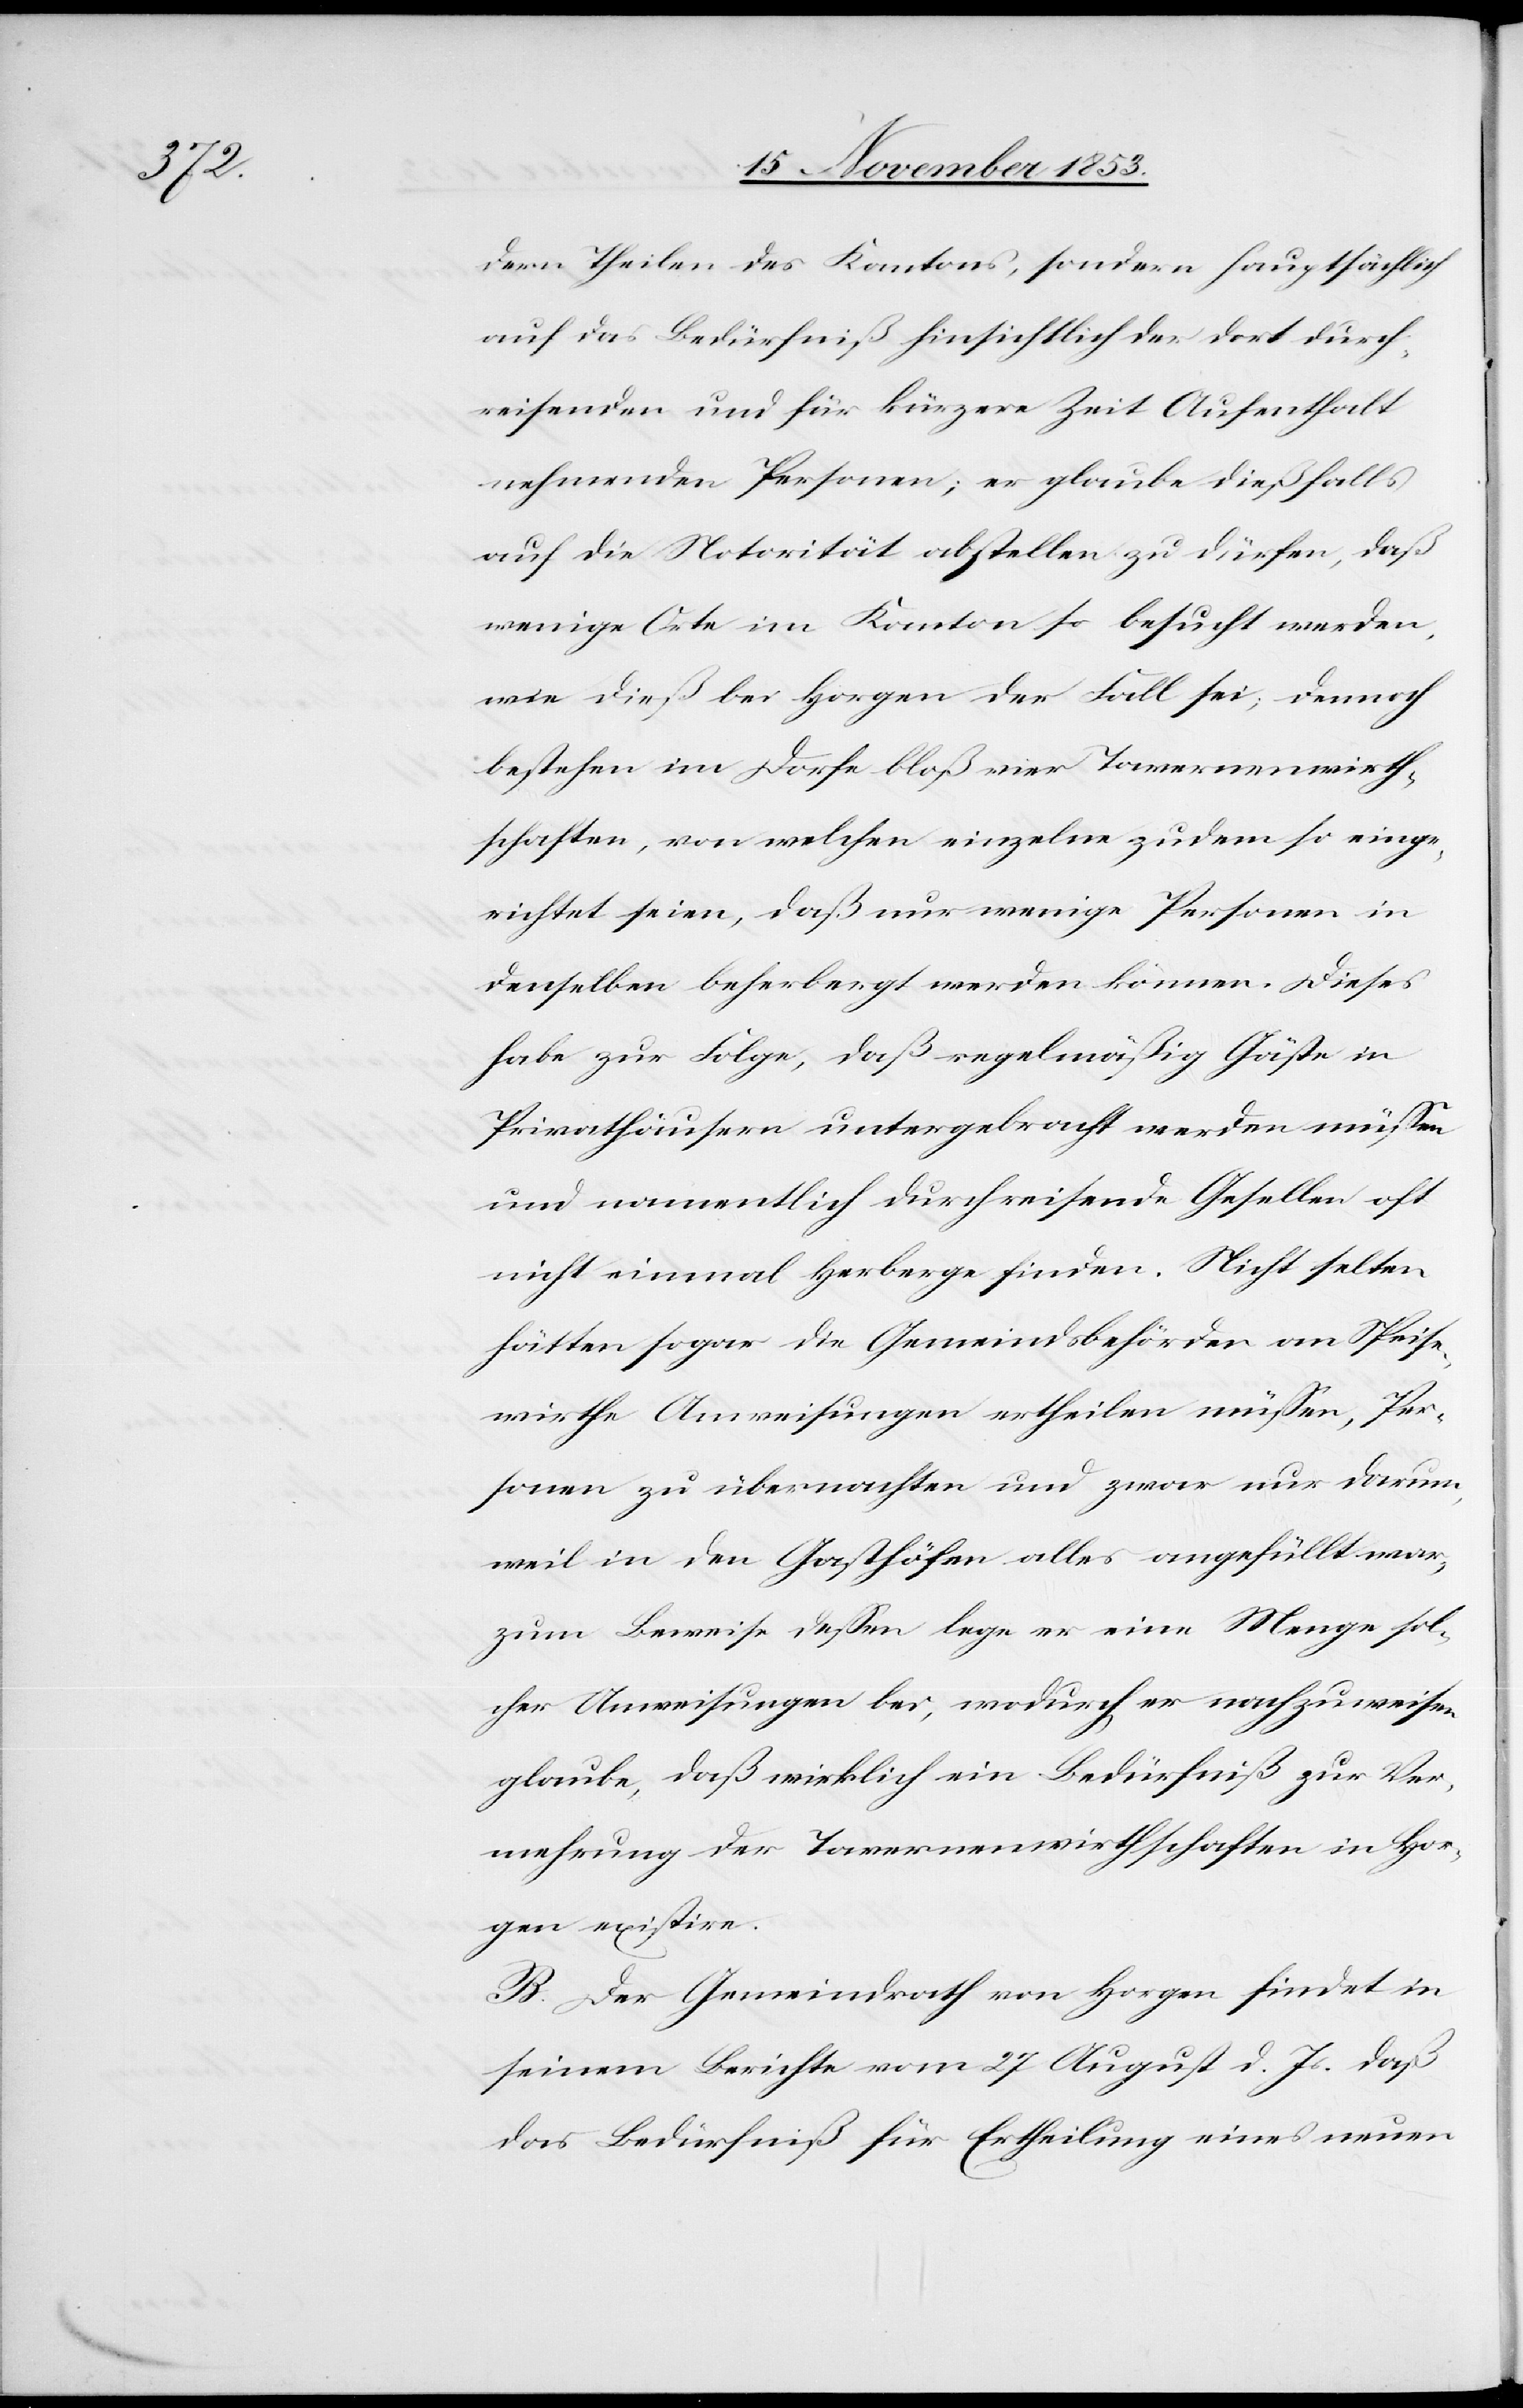
dern Theilen des Kantons, sondern hauptsächlich
auf das Bedürfniß hinsichtlich der dort durch¬
reisenden und für kürzere Zeit Aufenthalt
nehmenden Personen, er glaube dießfalls
auf der Notorität abstellen zu dürfen, daß
wenige Orte im Kanton so besucht werden,
wie dieß bei Horgen der Fall sei, dennoch
bestehen im Dorfe bloß vier Tavernenwirth¬
schaften, von welchen einzelne zudem so einge¬
richtet seien, daß nur wenige Personen in
denselben beherbergt werden können. Dieses
habe zur Folge, daß regelmäßig Gäste in
Privathäusern untergebracht werden müßen
und namentlich durchreisende Gesellen oft
nicht einmal Herberge finden. Nicht selten
hätten sogar die Gemeindsbehörden an Speise¬
wirthe Anweisungen ertheilen müßen, Per¬
sonen zu übernachten und zwar nur darum,
weil in den Geschäften alles angefüllt war;
zum Beweise deßen lege er eine Menge sol¬
cher Anweisungen bei, wodurch er nachzuweisen
glaube, daß wirklich ein Bedürfniß zur Ver¬
mehrung der Tavernenwirthschaften in Hor¬
gen existire.
B. Der Gemeindrath von Horgen findet in
seinem Berichte vom 27 August d. Js. daß
das Bedürfniß für Ertheilung eines neuen